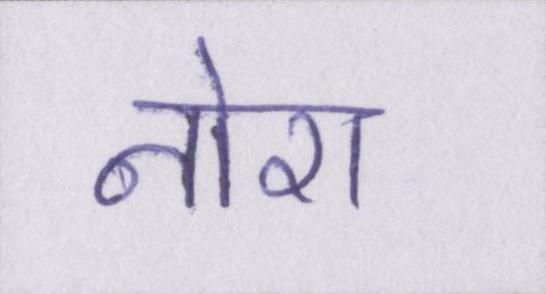
नोरा